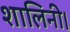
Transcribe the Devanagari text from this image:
शालिनी।